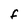
Character: F